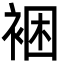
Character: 裍